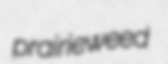
prairieweed